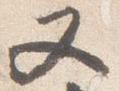
又